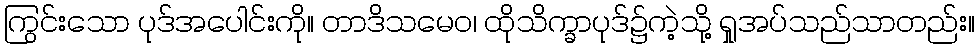
ကြွင်းသော ပုဒ်အပေါင်းကို။ တာဒိသမေဝ၊ ထိုသိက္ခာပုဒ်၌ကဲ့သို့ ရှုအပ်သည်သာတည်း။